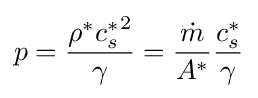
p={\frac {\rho ^{*}{c_{s}^{*}}^{2}}{\gamma }}={\frac {\dot {m}}{A^{*}}}{\frac {c_{s}^{*}}{\gamma }}